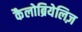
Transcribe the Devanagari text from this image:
कैलोब्रियेलिज़